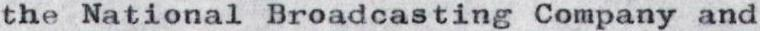
the National Broadcasting Company and